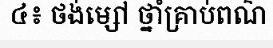
៤៖ ថង់ម្សៅ ថ្នាំគ្រាប់ពណ៌